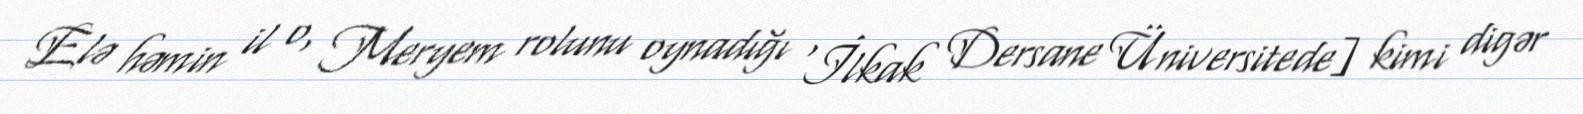
Elə həmin il o, Meryem rolunu oynadığı 'İlkak Dersane Üniversitede] kimi digər